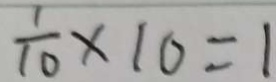
\frac { 1 } { 1 0 } \times 1 0 = 1